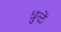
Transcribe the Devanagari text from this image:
धुळें